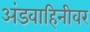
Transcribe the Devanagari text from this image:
अंडवाहिनीवर